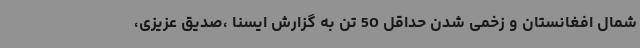
شمال افغانستان و زخمی شدن حداقل 50 تن به گزارش ایسنا ،صدیق عزیزی،